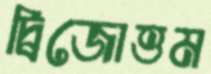
দ্বিজোত্তম